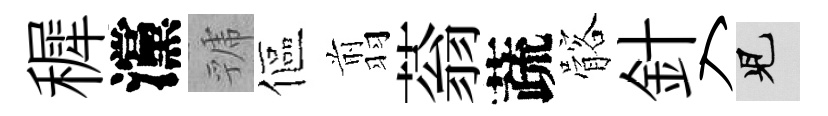
穉灙虢傴翦蓊蔬髂針入兒